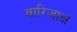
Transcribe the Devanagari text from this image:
वारिजाक्षं